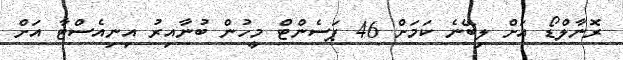
ރޮނާލްޑޯ އަށް ލިބޭނެ ކަމަށް 46 ޕަސެންޓް މީހުން ބުނާއިރު އިނިއެސްޓާ އަށް